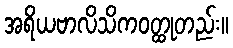
အရိယဗာလိသိကဝတ္ထုတည်း။